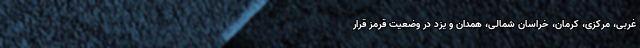
غربی، مرکزی، کرمان، خراسان شمالی، همدان و یزد در وضعیت قرمز قرار